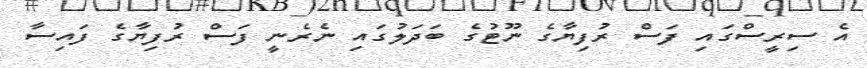
އެ ސިރީސްގައި ފަސް ރުފިޔާގެ ނޫޓުގެ ބަދަލުގައި ނެރެނީ ފަސް ރުފިޔާގެ ފައިސާ